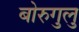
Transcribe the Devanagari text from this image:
बोरुगुलु